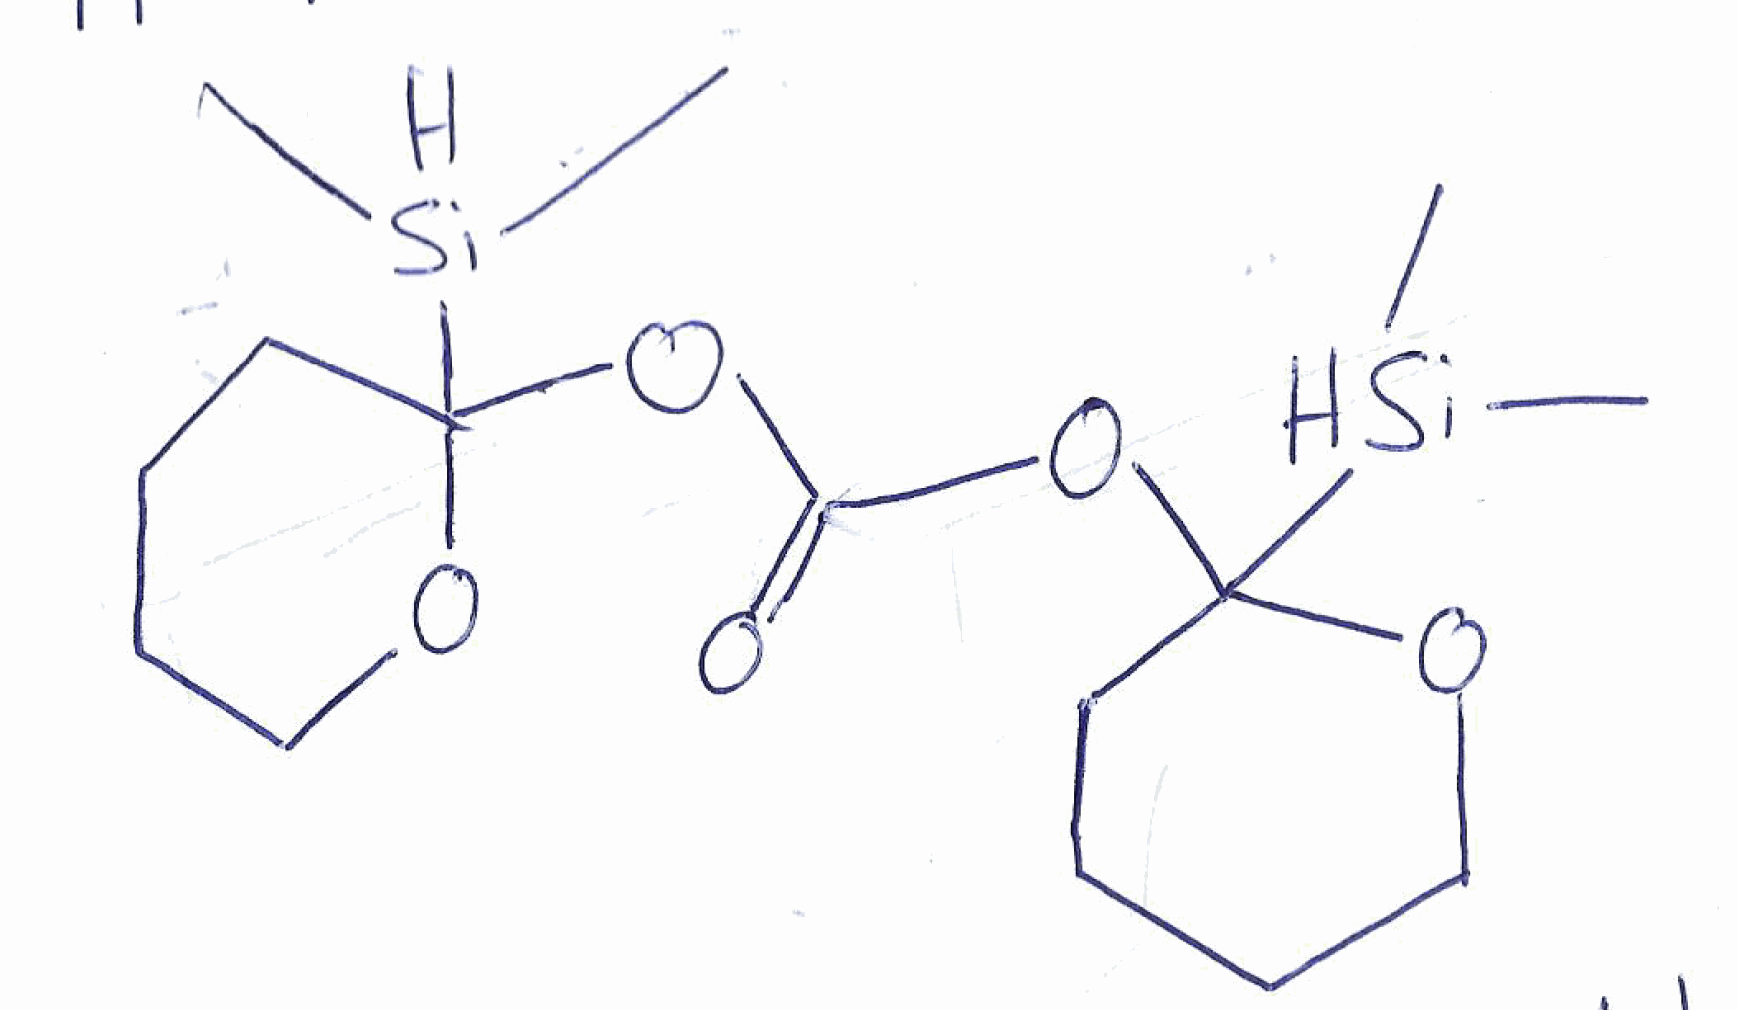
Simplified molecular-input line-entry system (SMILES) notation of the given molecule:
C[SiH](C)C1(CCCCO1)OC(=O)OC2(CCCCO2)[SiH](C)C